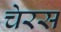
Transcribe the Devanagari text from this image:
चेरस